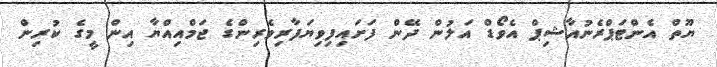
ޔޫތް އެންޓަޕްރެނުއާޝިޕް އެވޯޑް އަލުން ދޭން ފަށައިފިވިޔަފާރިވެރިންގެ ޖަމްއިއްޔާ އިން މީގެ ކުރިން